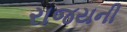
રાજયની